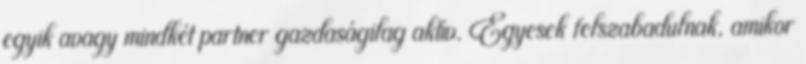
egyik avagy mindkét partner gazdaságilag aktív. Egyesek felszabadulnak, amikor